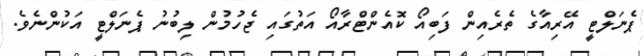
ޕެނަލްޓީ އޭރިއާގެ ތެރެއިން ފަބިއޯ ކޮއެންޓްރާއޯ އަތުގައި ޖެހުމުން ލިބުނު ޕެނަލްޓީ އަކުންނެވެ.